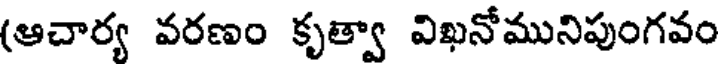
(ఆచార్య వరణం కృత్వా విఖనోమునిపుంగవం